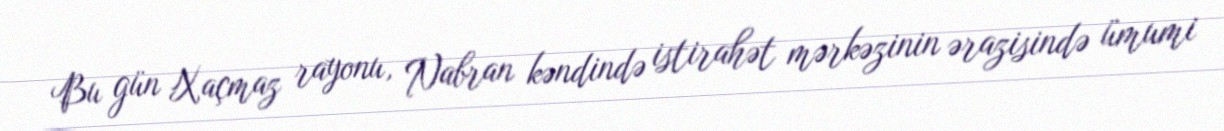
Bu gün Xaçmaz rayonu, Nabran kəndində istirahət mərkəzinin ərazisində ümumi